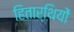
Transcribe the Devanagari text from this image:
हितार्थियों